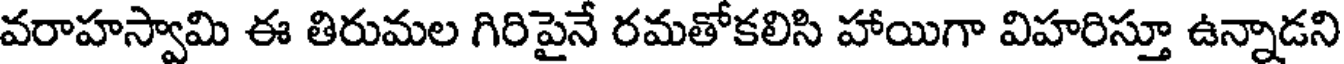
వరాహస్వామి ఈ తిరుమల గిరిపైనే రమతోకలిసి హాయిగా విహరిస్తూ ఉన్నాడని